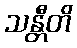
သန္တီတိ